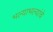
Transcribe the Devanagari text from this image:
भल्याभल्यांचे